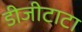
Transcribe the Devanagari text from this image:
डीजीटाटा